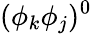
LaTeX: (\phi_{k}\phi_{j})^{0}